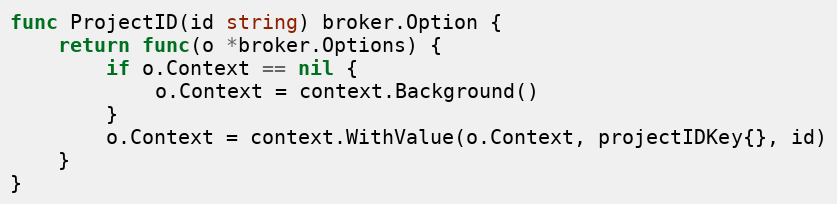
Language: Go
func ProjectID(id string) broker.Option {
	return func(o *broker.Options) {
		if o.Context == nil {
			o.Context = context.Background()
		}
		o.Context = context.WithValue(o.Context, projectIDKey{}, id)
	}
}